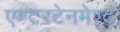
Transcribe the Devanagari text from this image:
एण्टरटेनमेण्ट